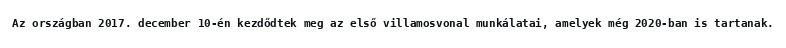
Az országban 2017. december 10-én kezdődtek meg az első villamosvonal munkálatai, amelyek még 2020-ban is tartanak.